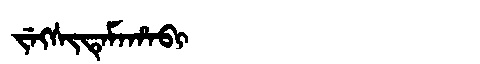
Manchu: ᠵᡝᡴᠰᡳᡨᡝᠮᠠᡥᠠᠪᡳ
Romanization: JEKSITEMAHABI